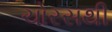
ચોરસથી